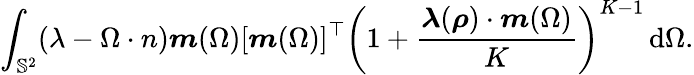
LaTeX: \int_{\mathbb{S}^{2}}(\lambda-\Omega\cdot n)\boldsymbol{m}(\Omega)[\boldsymbol{m}(\Omega)]^{\top}\left(1+\frac{\boldsymbol{\lambda}(\boldsymbol{\rho})\cdot\boldsymbol{m}(\Omega)}{K}\right)^{K-1}\, \mathrm{d}\Omega.